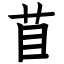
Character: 苜